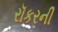
રૉકરની